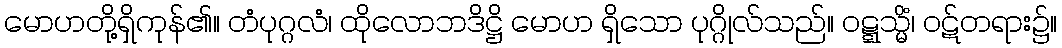
မောဟတို့ရှိကုန်၏။ တံပုဂ္ဂလံ၊ ထိုလောဘဒိဋ္ဌိ မောဟ ရှိသော ပုဂ္ဂိုလ်သည်။ ဝဋ္ဋသ္မိံ၊ ဝဋ်တရား၌။